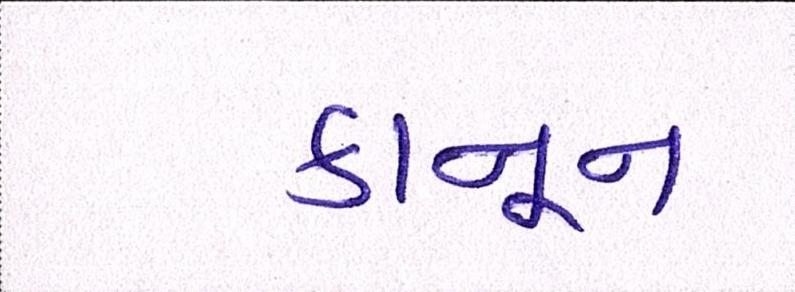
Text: કાનૂન